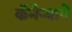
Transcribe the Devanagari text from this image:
कॅमेऱ्याने